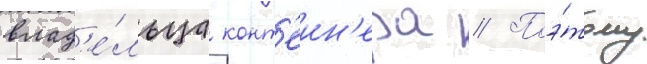
влад'е́льца конт'еин'ера // Поэ́тому